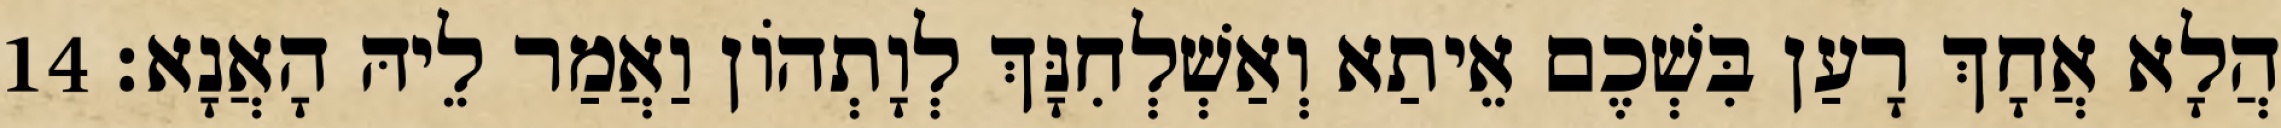
הֲלָא אֲחָךְ רָעַן בִּשְׁכֶם אֵיתַא וְאַשְׁלְחִנָּךְ לְוָתְהוֹן וַאֲמַר לֵיהּ הָאֲנָא׃ 14